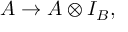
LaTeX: A \rightarrow A \otimes I _ { B } ,